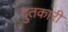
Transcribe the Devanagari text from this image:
दुतकारी